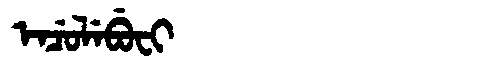
Manchu: ᡝᠨᠴᡠᠯᡝᠪᡠᠸᡳ
Romanization: ENCULEBUFI